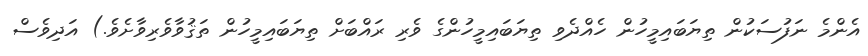
އެންމެ ނަފުސަކުން ތިޔަބައިމީހުން ހެއްދެވި ތިޔަބައިމީހުންގެ ވެރި ރައްބަށް ތިޔަބައިމީހުން ތަޤުވާވެރިވާށެވެ.) އަދިވެސް